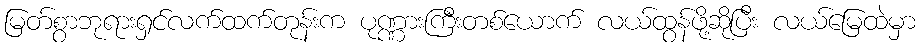
မြတ်စွာဘုရားရှင်လက်ထက်တုန်းက ပုဏ္ဏားကြီးတစ်ယောက် လယ်ထွန်ဖို့ဆိုပြီး လယ်မြေထဲမှာ